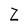
Character: Z